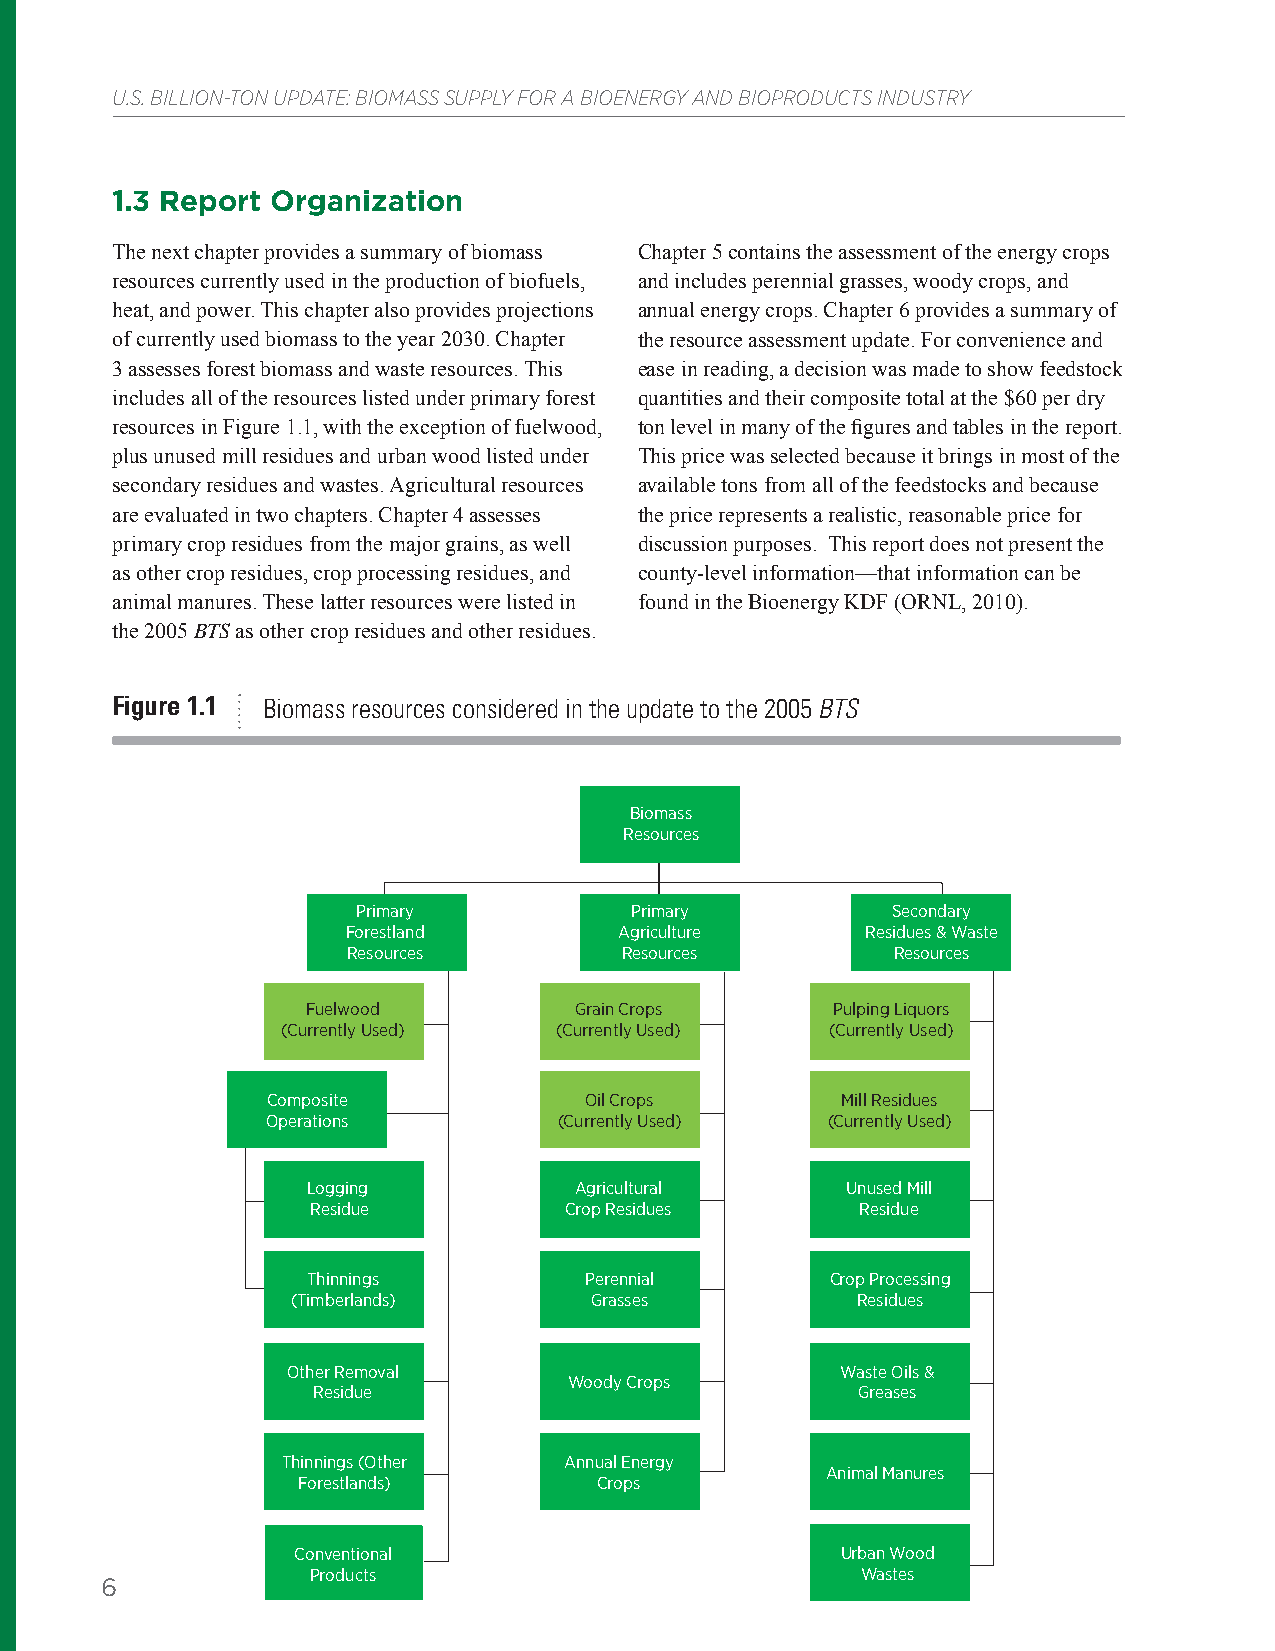
U.S. BILLION-TON UPDATE: BIOMASS SUPPLY FOR A BIOENERGY AND BIOPRODUCTS INDUSTRY
 1.3 Report Organization
 The next chapter provides a summary of biomass Chapter 5 contains the assessment of the energy crops
 resources currently used in the production of biofuels, and includes perennial grasses, woody crops, and
 heat, and power. This chapter also provides projections annual energy crops. Chapter 6 provides a summary of
 of currently used biomass to the year 2030. Chapter the resource assessment update. For convenience and
 3 assesses forest biomass and waste resources. This ease in reading, a decision was made to show feedstock
 includes all of the resources listed under primary forest quantities and their composite total at the $60 per dry
 resources in Figure 1.1, with the exception of fuelwood, ton level in many of the figures and tables in the report.
 plus unused mill residues and urban wood listed under This price was selected because it brings in most of the
 secondary residues and wastes. Agricultural resources available tons from all of the feedstocks and because
 are evaluated in two chapters. Chapter 4 assesses the price represents a realistic, reasonable price for
 primary crop residues from the major grains, as well discussion purposes. This report does not present the
 as other crop residues, crop processing residues, and county-level information—that information can be
 animal manures. These latter resources were listed in found in the Bioenergy KDF (ORNL, 2010).
 the 2005 BTS as other crop residues and other residues.
 Figure 1.1 Biomass resources considered in the update to the 2005 BTS
 Biomass
 Resources
 Primary           Primary          Secondary
 Forestland        Agriculture     Residues & Waste
 Resources         Resources         Resources
 Fuelwood          Grain Crops      Pulping Liquors
 (Currently Used)  (Currently Used)  (Currently Used)
 Composite            Oil Crops        Mill Residues
 Operations         (Currently Used)  (Currently Used)
 Logging           Agricultural      Unused Mill
 Residue         Crop Residues       Residue
 Thinnings          Perennial       Crop Processing
 (Timberlands)       Grasses           Residues
 Other Removal                        Waste Oils &
 Woody Crops
 Residue                             Greases
 Thinnings (Other  Annual Energy
 Animal Manures
 Forestlands)        Crops
 Conventional                         Urban Wood
 Products                            Wastes
 6